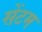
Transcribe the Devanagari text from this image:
सेंटम